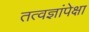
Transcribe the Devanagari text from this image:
तत्वज्ञांपेक्षा